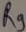
Text: R9